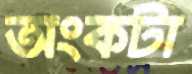
অংকটা